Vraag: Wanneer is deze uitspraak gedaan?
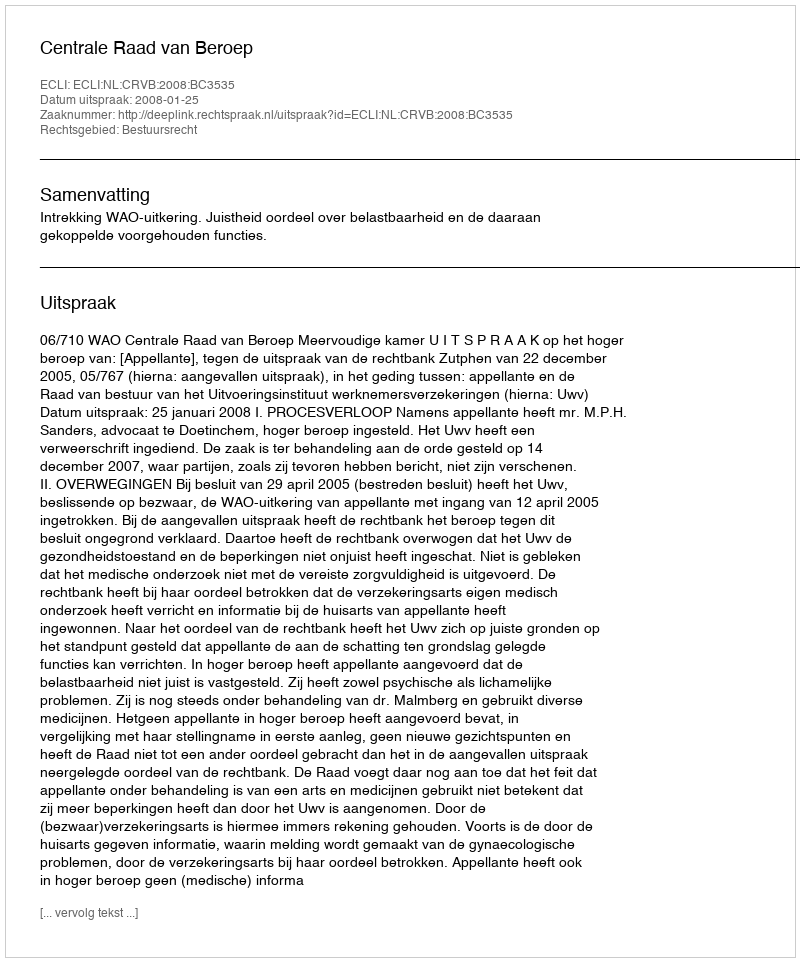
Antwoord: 2008-01-25